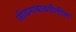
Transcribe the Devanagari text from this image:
जीवनाबाबतीतील